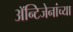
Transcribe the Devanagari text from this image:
अॅन्टिजेनांच्या